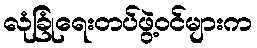
လုံခြုံရေးတပ်ဖွဲ့ဝင်များက